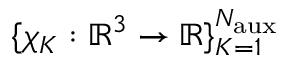
\{ \chi _ { K } : \mathbb { R } ^ { 3 } \rightarrow \mathbb { R } \} _ { K = 1 } ^ { N _ { \mathrm { a u x } } }